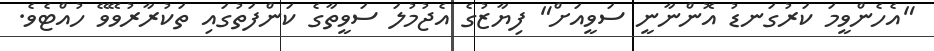
"އެހެންވީމަ ކަރުގަނޑު އޮންނާނީ ސަވީއަށް" ފިޔާޒުގެ އެޖުމުލަ ސަވީތާގެ ކަންފަތުގައި ތަކުރާރުވޭވޭ ހުއްޓެވެ.